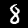
Digit: 8